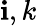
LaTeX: \mathbf{i},k